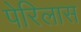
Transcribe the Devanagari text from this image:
पेरिलास